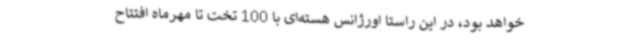
خواهد بود، در این راستا اورژانس هسته‌ای با 100 تخت تا مهرماه افتتاح